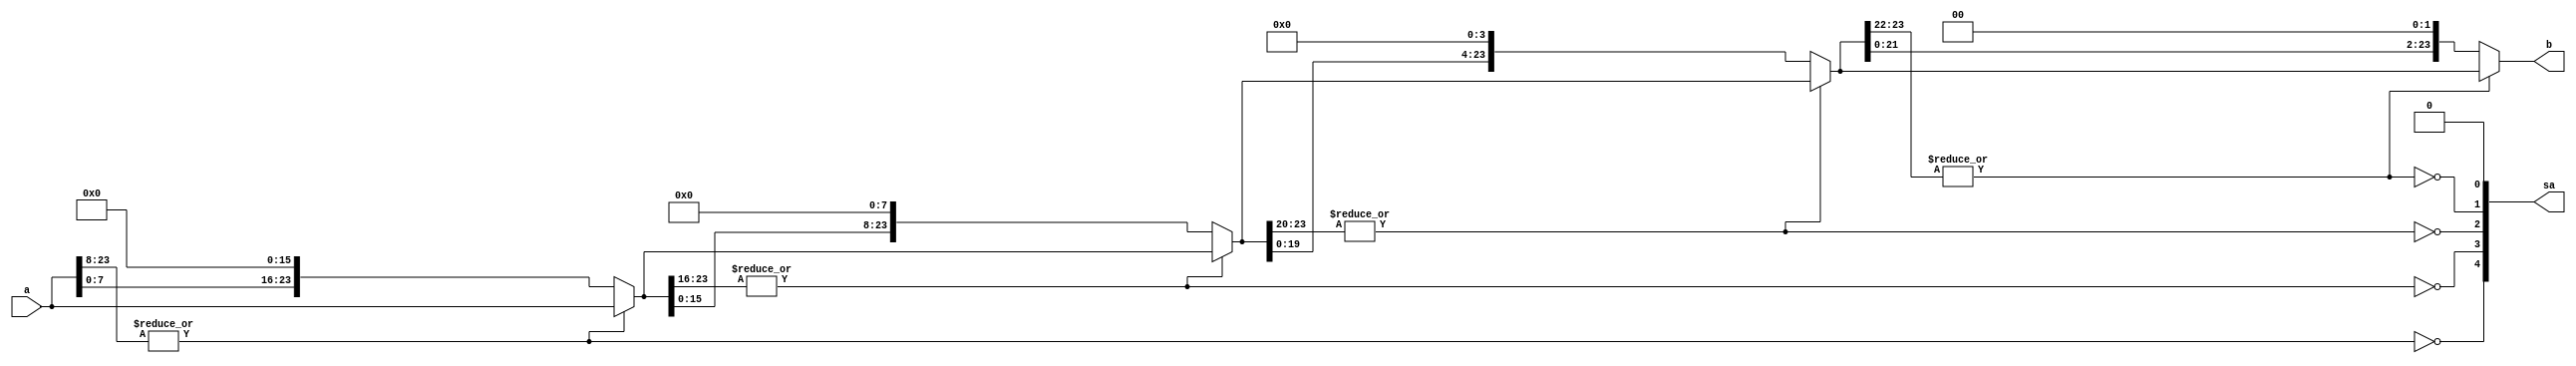
`timescale 1ns / 1ps
//////////////////////////////////////////////////////////////////////////////////
// Company: 
// Engineer: 
// 
// Design Name: 
// Module Name:    shift_even_bits 
// Project Name: 
// Target Devices: 
// Tool versions: 
// Description: 
//
// Dependencies: 
//
// Revision: 
// Revision 0.01 - File Created
// Additional Comments: 
//
//////////////////////////////////////////////////////////////////////////////////
module shift_even_bits (a,b,sa); // shift even bits until msb is 1x or 01
input [23:0] a; // shift a = xxx...x by even bits
output [23:0] b;
output [4:0] sa; // shift amount, even number
wire [23:0] a5,a4,a3,a2,a1;
assign a5 = a;
assign sa[4] = ~|a5[23:08]; // 16-bit 0
assign a4 = sa[4]? {a5[07:00],16'b0} : a5;
assign sa[3] = ~|a4[23:16]; // 8-bit 0
assign a3 = sa[3]? {a4[15:00], 8'b0} : a4;
assign sa[2] = ~|a3[23:20]; // 4-bit 0
assign a2 = sa[2]? {a3[19:00], 4'b0} : a3;
assign sa[1] = ~|a2[23:22]; // 2-bit 0
assign a1 = sa[1]? {a2[21:00], 2'b0} : a2;
assign sa[0] = 0;
assign b = a1;
endmodule